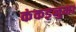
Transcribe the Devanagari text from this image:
कंकड़नुमा